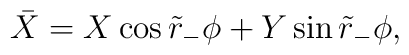
\bar X = X \cos \tilde r_- \phi + Y \sin \tilde r_- \phi,